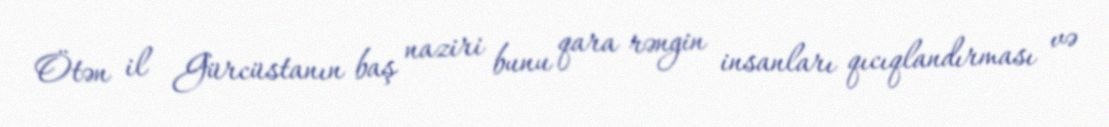
Ötən il Gürcüstanın baş naziri bunu qara rəngin insanları qıcıqlandırması və